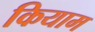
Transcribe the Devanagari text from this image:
कियाम